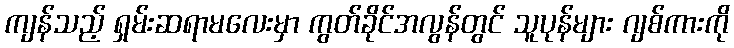
ကျန်သည့် ရှမ်းဆရာမလေးမှာ ကွတ်ခိုင်အလွန်တွင် သူပုန်များ ဂျစ်ကားကို